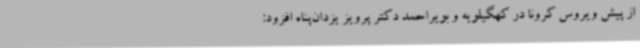
از پیش ویروس کرونا در کهگیلویه و بویراحمد دکتر پرویز یزدان‌پناه افزود: